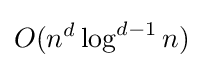
O(n^{d}\log ^{d-1}n)